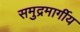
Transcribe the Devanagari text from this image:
समुद्रमार्गीय